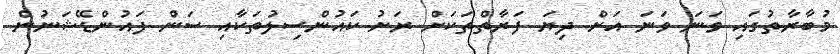
މުބާރާތުގައި ވަނަ ވަނަ އަށް ދިޔަ ފަރާތްތަކަށް ރަށު ކައުންސިލުތަކާއި ސަން ފައުންޑޭޝަނުން